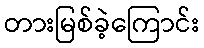
တားမြစ်ခဲ့ကြောင်း